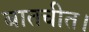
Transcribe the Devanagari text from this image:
बातचीत।